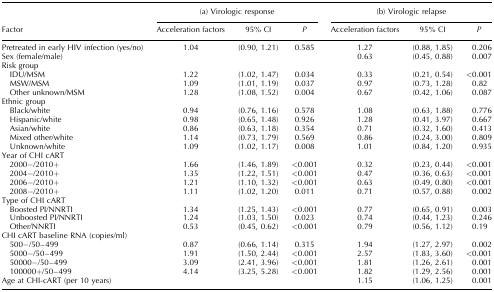
<table><thead><tr><td></td><td colspan="3"><b>(a) Virologic response</b></td><td colspan="3"><b>(b) Virologic relapse</b></td></tr><tr><td><b>Factor</b></td><td><b>Acceleration factors</b></td><td><b>95% CI</b></td><td><b><i>P</i></b></td><td><b>Acceleration factors</b></td><td><b>95% CI</b></td><td><b><i>P</i></b></td></tr></thead><tbody><tr><td>Pretreated in early HIV infection (yes/no)</td><td>1.04</td><td>(0.90, 1.21)</td><td>0.585</td><td>1.27</td><td>(0.88, 1.85)</td><td>0.206</td></tr><tr><td>Sex (female/male)</td><td></td><td></td><td></td><td>0.63</td><td>(0.45, 0.88)</td><td>0.007</td></tr><tr><td colspan="7">Risk group</td></tr><tr><td> IDU/MSM</td><td>1.22</td><td>(1.02, 1.47)</td><td>0.034</td><td>0.33</td><td>(0.21, 0.54)</td><td>&lt;0.001</td></tr><tr><td> MSW/MSM</td><td>1.09</td><td>(1.01, 1.19)</td><td>0.037</td><td>0.97</td><td>(0.73, 1.28)</td><td>0.82</td></tr><tr><td> Other unknown/MSM</td><td>1.28</td><td>(1.08, 1.52)</td><td>0.004</td><td>0.67</td><td>(0.42, 1.06)</td><td>0.087</td></tr><tr><td colspan="7">Ethnic group</td></tr><tr><td> Black/white</td><td>0.94</td><td>(0.76, 1.16)</td><td>0.578</td><td>1.08</td><td>(0.63, 1.88)</td><td>0.776</td></tr><tr><td> Hispanic/white</td><td>0.98</td><td>(0.65, 1.48)</td><td>0.926</td><td>1.28</td><td>(0.41, 3.97)</td><td>0.667</td></tr><tr><td> Asian/white</td><td>0.86</td><td>(0.63, 1.18)</td><td>0.354</td><td>0.71</td><td>(0.32, 1.60)</td><td>0.413</td></tr><tr><td> Mixed other/white</td><td>1.14</td><td>(0.73, 1.79)</td><td>0.569</td><td>0.86</td><td>(0.24, 3.00)</td><td>0.809</td></tr><tr><td> Unknown/white</td><td>1.09</td><td>(1.02, 1.17)</td><td>0.008</td><td>1.01</td><td>(0.84, 1.20)</td><td>0.935</td></tr><tr><td colspan="7">Year of CHI cART</td></tr><tr><td> 2000−/2010+</td><td>1.66</td><td>(1.46, 1.89)</td><td>&lt;0.001</td><td>0.32</td><td>(0.23, 0.44)</td><td>&lt;0.001</td></tr><tr><td> 2004−/2010+</td><td>1.35</td><td>(1.22, 1.51)</td><td>&lt;0.001</td><td>0.47</td><td>(0.36, 0.63)</td><td>&lt;0.001</td></tr><tr><td> 2006−/2010+</td><td>1.21</td><td>(1.10, 1.32)</td><td>&lt;0.001</td><td>0.63</td><td>(0.49, 0.80)</td><td>&lt;0.001</td></tr><tr><td> 2008−/2010+</td><td>1.11</td><td>(1.02, 1.20)</td><td>0.011</td><td>0.71</td><td>(0.57, 0.88)</td><td>0.002</td></tr><tr><td colspan="7">Type of CHI cART</td></tr><tr><td> Boosted PI/NNRTI</td><td>1.34</td><td>(1.25, 1.43)</td><td>&lt;0.001</td><td>0.77</td><td>(0.65, 0.91)</td><td>0.003</td></tr><tr><td> Unboosted PI/NNRTI</td><td>1.24</td><td>(1.03, 1.50)</td><td>0.023</td><td>0.74</td><td>(0.44, 1.23)</td><td>0.246</td></tr><tr><td> Other/NNRTI</td><td>0.53</td><td>(0.45, 0.62)</td><td>&lt;0.001</td><td>0.79</td><td>(0.56, 1.12)</td><td>0.19</td></tr><tr><td colspan="7">CHI cART baseline RNA (copies/ml)</td></tr><tr><td> 500−/50–499</td><td>0.87</td><td>(0.66, 1.14)</td><td>0.315</td><td>1.94</td><td>(1.27, 2.97)</td><td>0.002</td></tr><tr><td> 5000−/50–499</td><td>1.91</td><td>(1.50, 2.44)</td><td>&lt;0.001</td><td>2.57</td><td>(1.83, 3.60)</td><td>&lt;0.001</td></tr><tr><td> 50000−/50–499</td><td>3.09</td><td>(2.41, 3.96)</td><td>&lt;0.001</td><td>1.81</td><td>(1.26, 2.61)</td><td>0.001</td></tr><tr><td> 100000+/50–499</td><td>4.14</td><td>(3.25, 5.28)</td><td>&lt;0.001</td><td>1.82</td><td>(1.29, 2.56)</td><td>0.001</td></tr><tr><td>Age at CHI-cART (per 10 years)</td><td></td><td></td><td></td><td>1.15</td><td>(1.06, 1.25)</td><td>0.001</td></tr></tbody></table>